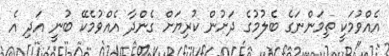
އެއްވުމަކީ ތިމަންނަގެ ބެލުމުގެ ދަށުން ކުރިޔަށް ގެންދާ އެއްވުމެކޭ ބުނީ އަދި އެ